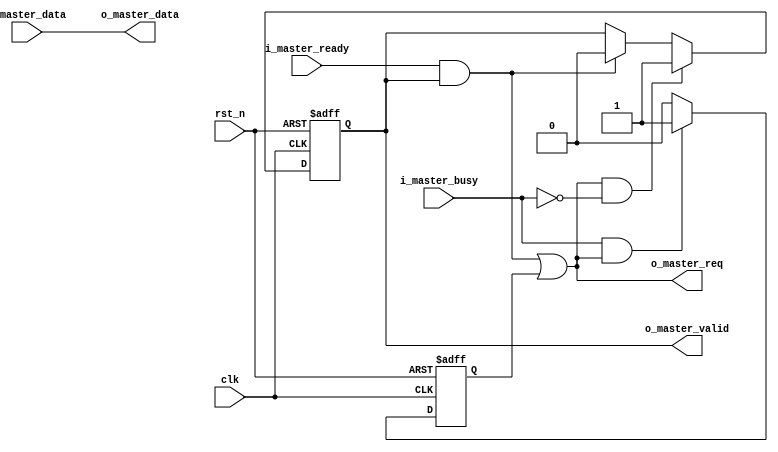
module master_interface (   
    input wire clk,
    input wire rst_n,

    //input signals
    input wire [31:0] i_master_data,
	input wire i_master_busy,
    output wire o_master_req, // datareq, busyreq

    // signals to slave
    output wire [31:0] o_master_data,
    output wire o_master_valid,
    input wire i_master_ready
);

    wire shake = i_master_ready & o_master_valid;
	reg req_reg;
	always@(posedge clk or negedge rst_n) begin
        if(!rst_n) begin
		    req_reg <= 1'b1;
		end
		else if(i_master_busy & (shake | req_reg)) begin
		    req_reg <= 1'b1;
		end
		else begin
		    req_reg <= 1'b0;
		end
    end	
	assign o_master_req = shake | req_reg;
	
	reg o_master_valid_reg;

    always@(posedge clk or negedge rst_n) begin
        if(!rst_n) begin
		    o_master_valid_reg <= 1'b0;
		end
		else begin
		    if(o_master_req & (~i_master_busy)) begin
				o_master_valid_reg <= 1'b1;
			end
			else if(shake) begin
				o_master_valid_reg <= 1'b0;
			end
		end
    end	
	assign o_master_data = i_master_data;
	assign o_master_valid = o_master_valid_reg;

endmodule